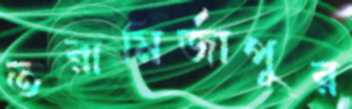
তরামির্জাপুর